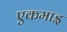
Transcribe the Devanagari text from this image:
एकमाइ